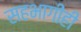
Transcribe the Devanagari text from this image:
सहभागीही